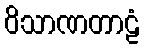
ဝိသာဏတာဠံ